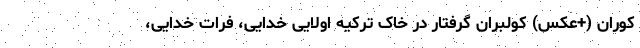
کوران (+عکس) کولبران گرفتار در خاک ترکیه اولایی خدایی، فرات خدایی،